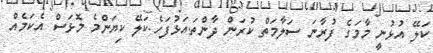
ކަލޭ އުޅުނީ މާމަގެ ފުރާނަ ސަލާމަތް ކުރަން ދާންތަ.އަޅުފަހެ.ކަލޭ ކިޔަންމެ މޮޅަސް އެކަމެއް